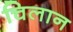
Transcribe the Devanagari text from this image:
चिलान